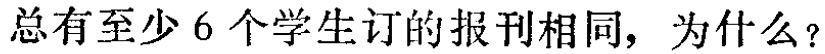
总有至少6个学生订的报刊相同，为什么？